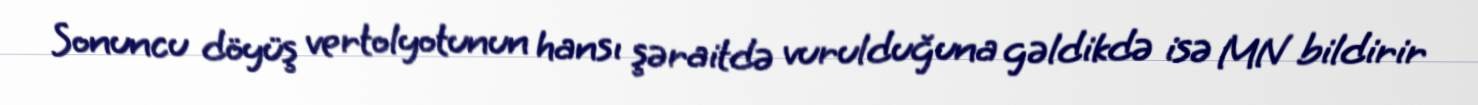
Sonuncu döyüş vertolyotunun hansı şəraitdə vurulduğuna gəldikdə isə MN bildirir